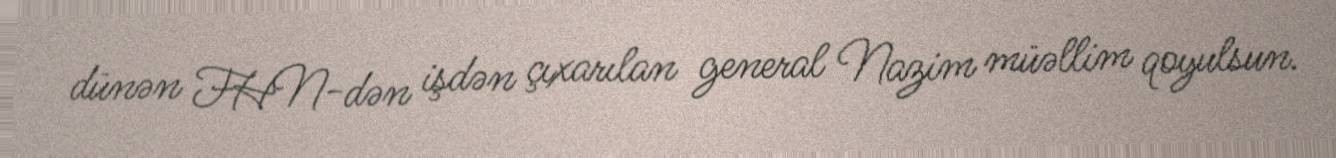
dünən FHN-dən işdən çıxarılan general Nazim müəllim qoyulsun.